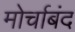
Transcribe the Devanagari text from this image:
मोर्चाबंद